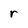
Character: r